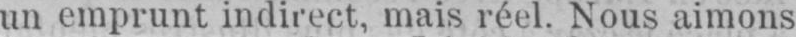
un emprunt indirect, mais réel. Nous aimons